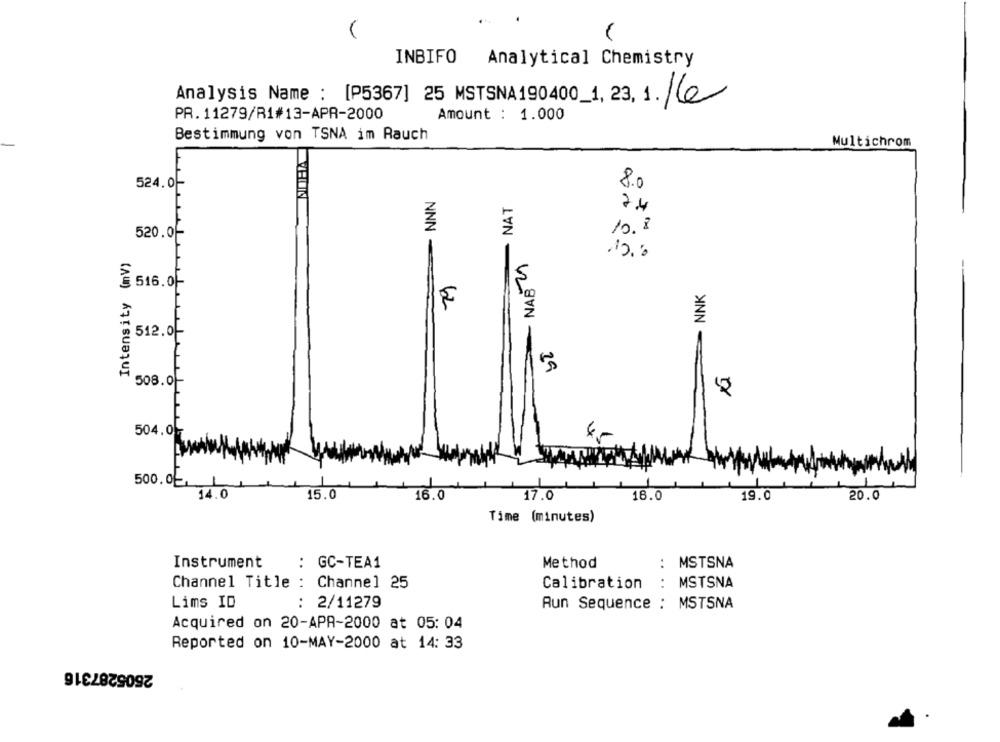
INBIFO Analytical Chemistry
Analysis Name : [P5367] 25 MSTSNA190400_1, 23, 1.
PR. 11279/R1#13-APR-2000
Amount : 1.000
Bestimmung von TSNA im Rauch
Multichrom
524.0-
8.0
- NAT
2.4
10.8
520.0-
NNN-
Intensity (mV)
NAB 9
516.0 --
S
- NNK
100
62
512.0
29
508.0
504.07
500.02
14.0
15.0
16.0
17.0
18.0
19.0
20.0
Time (minutes)
Instrument
: GC-TEA1
Method
.
MSTSNA
Channel Title : Channel 25
Calibration
MSTSNA
Lims ID
: 2/11279
Aun Sequence : MSTSNA
Acquired on 20-APR-2000 at 05: 04
Reported on 10-MAY-2000 at 14: 33
2505287316